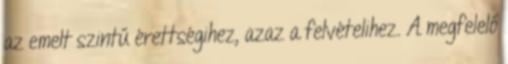
az emelt szintű érettségihez, azaz a felvételihez. A megfelelő